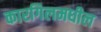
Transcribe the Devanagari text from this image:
कारगिलमधील